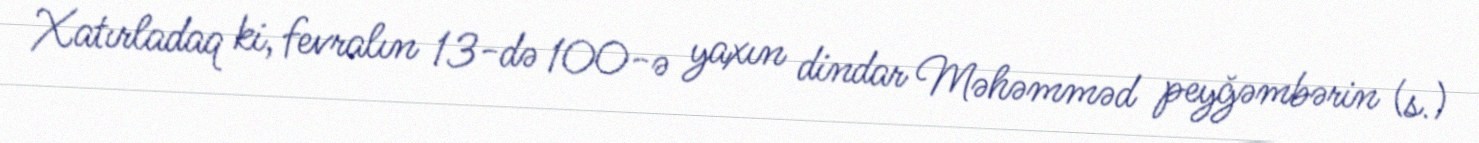
Xatırladaq ki, fevralın 13-də 100-ə yaxın dindar Məhəmməd peyğəmbərin (s.)